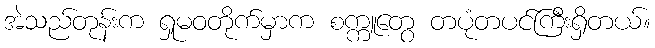
အဲသည်တုန်းက ရှုမဝတိုက်မှာက စက္ကူတွေ တပုံတပင်ကြီးရှိတယ်။